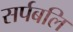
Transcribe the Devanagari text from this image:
सर्पबलि